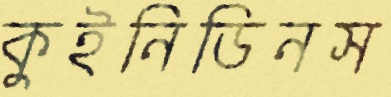
কুইনিডিনস